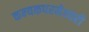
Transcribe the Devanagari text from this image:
कन्‍यकपरमेश्‍वरी